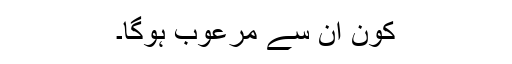
کون ان سے مرعوب ہوگا۔